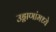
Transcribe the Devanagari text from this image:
उड्डाणांमध्ये